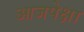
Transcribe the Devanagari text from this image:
आजपेक्षा